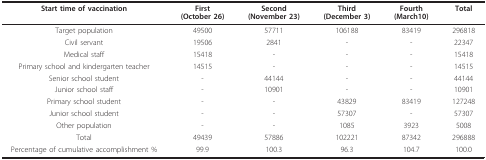
| Start time of vaccination | First(October 26) | Second(November 23) | Third(December 3) | Fourth(March10) | Total |
 | --- | --- | --- | --- | --- | --- |
 | Target population | 49500 | 57711 | 106188 | 83419 | 296818 |
 | Civil servant | 19506 | 2841 | - | - | 22347 |
 | Medical staff | 15418 | - | - | - | 15418 |
 | Primary school and kindergarten teacher | 14515 | - | - | - | 14515 |
 | Senior school student | - | 44144 | - | - | 44144 |
 | Junior school staff | - | 10901 | - | - | 10901 |
 | Primary school student | - | - | 43829 | 83419 | 127248 |
 | Junior school student | - | - | 57307 | - | 57307 |
 | Other population | - | - | 1085 | 3923 | 5008 |
 | Total | 49439 | 57886 | 102221 | 87342 | 296888 |
 | Percentage of cumulative accomplishment % | 99.9 | 100.3 | 96.3 | 104.7 | 100.0 |